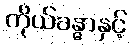
ကိုယ်ခန္ဓာနှင့်